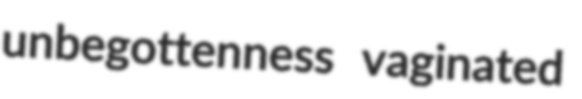
unbegottenness vaginated